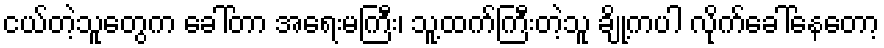
ငယ်တဲ့သူတွေက ခေါ်တာ အရေးမကြီး၊ သူ့ထက်ကြီးတဲ့သူ ချို့ကပါ လိုက်ခေါ်နေတော့